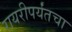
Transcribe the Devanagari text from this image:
रायरीपर्यंतचा